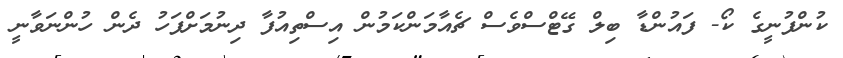
ކުންފުނީގެ ކޯ- ފައުންޑާ ބިލް ގޭޓްސްވެސް ޗެއާމަންކަމުން އިސްތިއުފާ ދިނުމަށްފަހު ދެން ހުންނަވާނީ